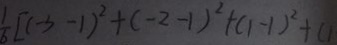
\frac { 1 } { 6 } [ ( - 3 - 1 ) ^ { 2 } + ( - 2 - 1 ) ^ { 2 } + ( 1 - 1 ) ^ { 2 } + ( 1